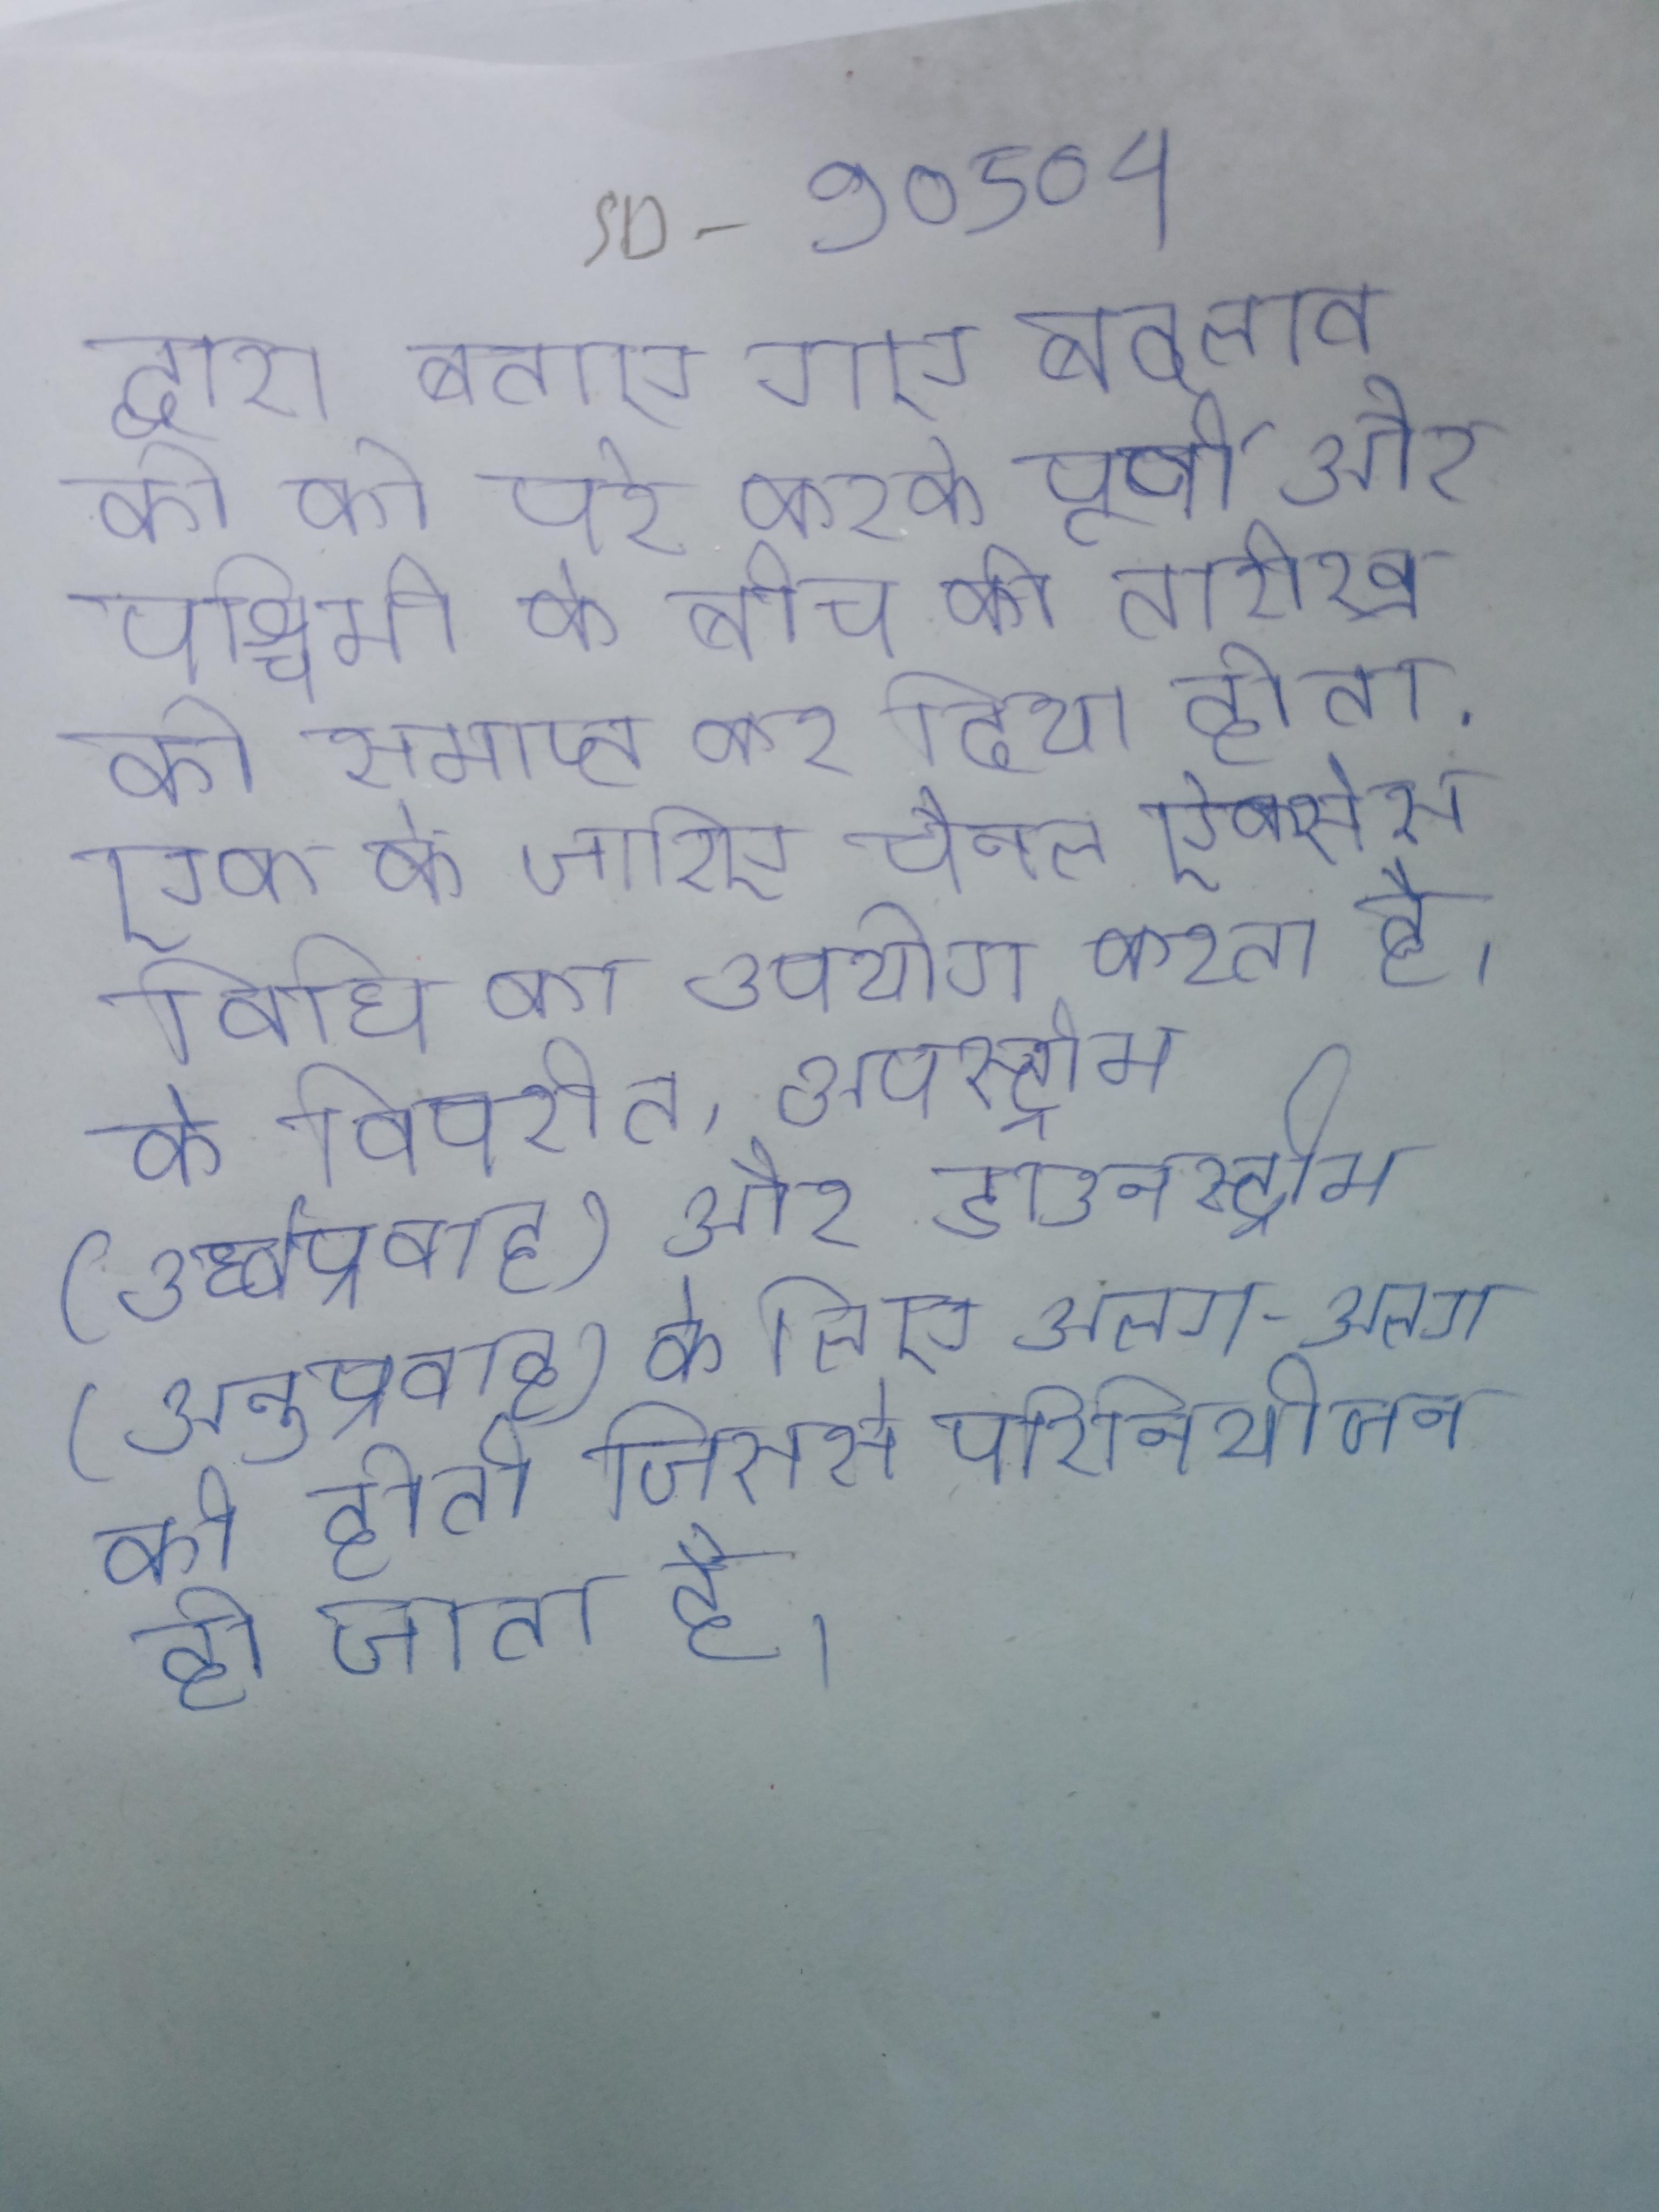
द्वारा बताए गए बदलाव के को परे करके पूर्वी और पश्चिमी के बीच की तारीख को समाप्त कर दिया होता . एक के जरिए चैनल ऐक्सेस विधि का उपयोग करता है । के विपरीत, अपस्ट्रीम (उर्ध्वप्रवाह) और डाउनस्ट्रीम (अनुप्रवाह) के लिए अलग-अलग की होती जिससे परिनियोजन हो जाता है ।